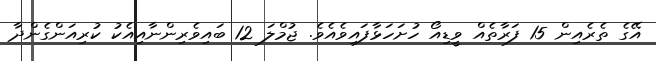
އޭގެ ތެރެއިން 15 ފަރާތެއް ވީޑިއޯ ހުށަހަޅާފައިވެއެވެ. ޖުމްލަ 12 ބައިވެރިންނާއިއެކު ކުރިއަންގެންދާ